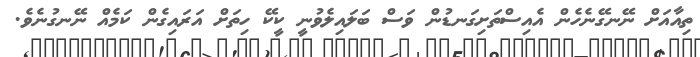
ތިއާއަށް ނޭނގޭނެހެން އެއިސްތަށިގަނޑުން ވަސް ބަލައިލެވުނީ ކީކޭ ހިތަށް އަރައިގެން ކަމެއް ނޭނގުނެވެ.